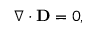
\nabla \cdot \mathbf { D } = 0 ,